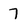
Character: 7